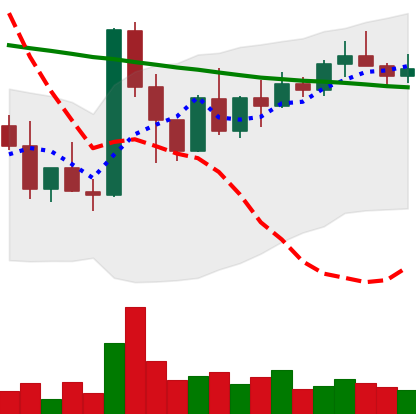
Ticker: XMR-USD
Chart end date: 2022-03-22
Forward return: 10.966%
Label: up_7plus